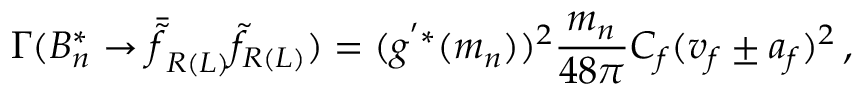
\Gamma ( B _ { n } ^ { * } \rightarrow \bar { \tilde { f } } _ { R ( L ) } \tilde { f } _ { R ( L ) } ) = ( g ^ { ' * } ( m _ { n } ) ) ^ { 2 } \frac { m _ { n } } { 4 8 \pi } C _ { f } ( v _ { f } \pm a _ { f } ) ^ { 2 } \, ,